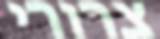
צרורי